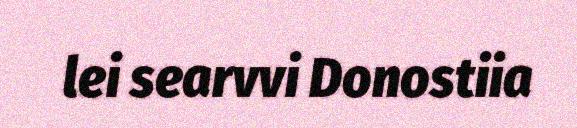
lei searvvi Donostiia